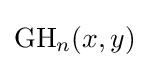
{\text{GH}}_{n}(x,y)